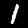
Digit: 1